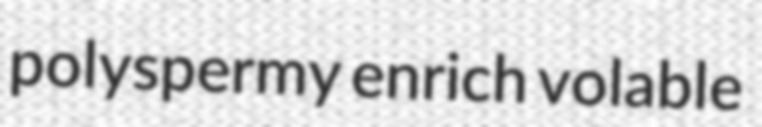
polyspermy enrich volable